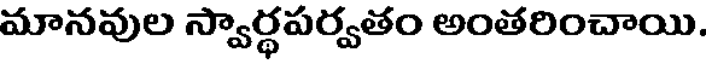
మానవుల స్వార్థపర్వతం అంతరించాయి.